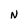
Character: N